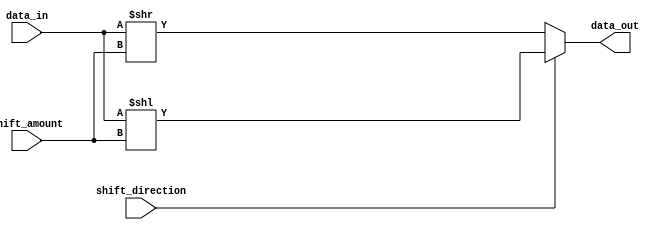
module barrel_shifter(
input wire [7:0] data_in,
input wire [2:0] shift_amount,
input wire shift_direction, // 0 for right shift, 1 for left shift
output reg [7:0] data_out
);

always @(data_in, shift_amount, shift_direction)
begin
if(shift_direction == 1) // left shift
data_out = data_in << shift_amount;
else // right shift
data_out = data_in >> shift_amount;
end

endmodule